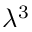
\lambda ^ { 3 }